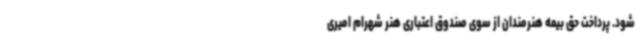
شود. پرداخت حق بیمه هنرمندان از سوی صندوق اعتباری هنر شهرام امیری